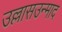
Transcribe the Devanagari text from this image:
उल्लासउन्माद